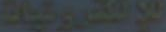
لافترونيات